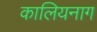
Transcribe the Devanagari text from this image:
कालियनाग